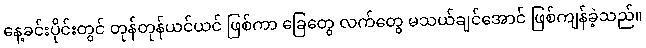
နေ့ခင်းပိုင်းတွင် တုန်တုန်ယင်ယင် ဖြစ်ကာ ခြေတွေ လက်တွေ မသယ်ချင်အောင် ဖြစ်ကျန်ခဲ့သည်။